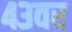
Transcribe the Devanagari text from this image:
४३वर